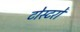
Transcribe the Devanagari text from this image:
टोस्टरों